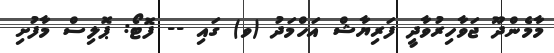
މާމެންދޫ ޖަވާހިރުވާދީ ފަރިޔާޝް އަހްމަދު (ވ) ގައި -- ފޮޓޯ: ޕޮލިސް މާފުށި